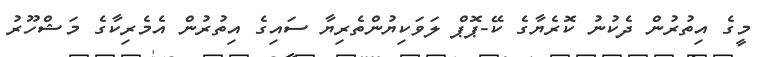
މީގެ އިތުރުން ދެކުނު ކޮރެޔާގެ ކޭ-ޕޮޕް ލަވަކިޔުންތެރިޔާ ސައިގެ އިތުރުން އެމެރިކާގެ މަޝްހޫރު